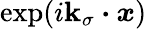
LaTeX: \exp(i\boldsymbol{\mathbf{k}}_{\sigma}\boldsymbol{\cdot}\boldsymbol{x})